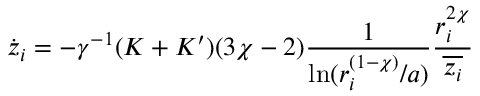
\dot { z } _ { i } = - \gamma ^ { - 1 } ( K + K ^ { \prime } ) ( 3 \chi - 2 ) \frac { 1 } { \ln ( r _ { i } ^ { ( 1 - \chi ) } / a ) } \frac { r _ { i } ^ { 2 \chi } } { \overline { { z _ { i } } } }